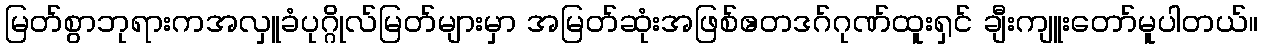
မြတ်စွာဘုရားကအလှူခံပုဂ္ဂိုလ်မြတ်များမှာ အမြတ်ဆုံးအဖြစ်ဧတဒဂ်ဂုဏ်ထူးရှင် ချီးကျူးတော်မူပါတယ်။